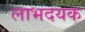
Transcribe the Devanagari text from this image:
लाभदयक